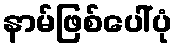
နာမ်ဖြစ်ပေါ်ပုံ